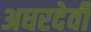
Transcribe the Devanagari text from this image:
अधरदेवी